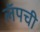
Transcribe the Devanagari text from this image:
लॅपची